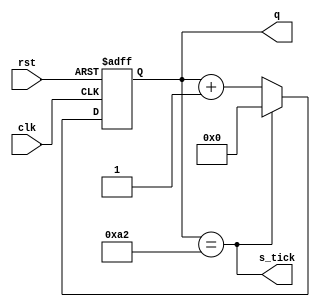
module baud_gen(s_tick,q,clk,rst);
	parameter N = 8; // mod 163 -> 8 bits atleast
	parameter M = 163;
	input wire clk, rst;
	output wire s_tick;
	output wire [N-1:0] q;
	
	reg [N-1:0] r_reg;
	wire [N-1:0] r_next;
	
	always @(posedge clk, posedge rst)
		begin
			if(rst)
				r_reg <= 0;
			else 
				r_reg <= r_next;
		end
	
	assign r_next = (r_reg == (M-1)) ? 0 : r_reg + 1;
	assign s_tick = (r_reg == M-1);
	assign q = r_reg;
	
endmodule